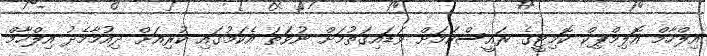
އިލްހާމް އޮލިމްޕިކް ކޮމިޓީގެ ރައީސްކަމަށް ވަޑައިގަތުމަށް ނުވަތަ އެކަމުގައި ކުރިއަށް ދިއުމާމެދު އިލްހާމް